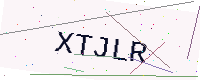
Text: XTJLR